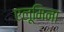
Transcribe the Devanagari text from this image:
एलूमिना